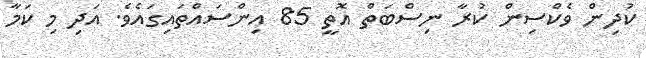
ކުދިން ވެކްސިން ކުރާ ނިސްބަތް އޮތީ 85 އިންސައްތައިގައެވެ. އަދި މި ކަމާ